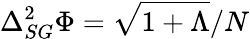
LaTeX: \Delta_{SG}^{2}\Phi=\sqrt{1+\Lambda}/N